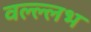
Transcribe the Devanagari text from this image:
वल्ल्लभ